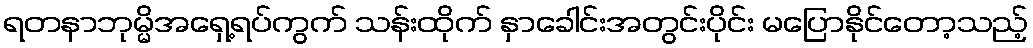
ရတနာဘုမ္မိအရှေ့ရပ်ကွက် သန်းထိုက် နှာခေါင်းအတွင်းပိုင်း မပြောနိုင်တော့သည့်